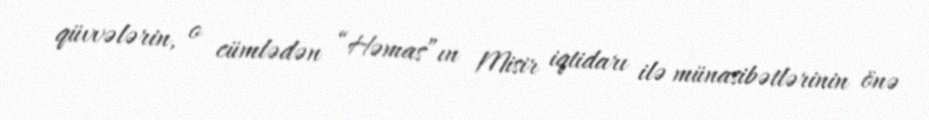
qüvvələrin, o cümlədən “Həmas”ın Misir iqtidarı ilə münasibətlərinin önə